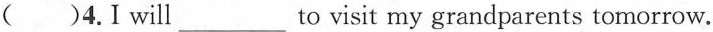
( )4.I will_to visit my grandparents tomorrow.